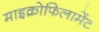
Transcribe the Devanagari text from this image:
माइक्रोफिलामेंट